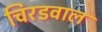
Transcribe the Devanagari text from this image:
चिरडवाल